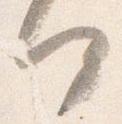
何